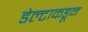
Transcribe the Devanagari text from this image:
डेल्टाकडून